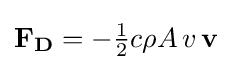
\mathbf {F_{D}} =-{\tfrac {1}{2}}c\rho A\,v\,\mathbf {v}